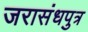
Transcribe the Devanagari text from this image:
जरासंधपुत्र